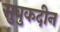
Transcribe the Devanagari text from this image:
सुबुकदीन